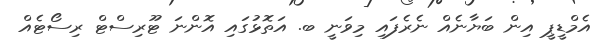
އެމްޑީޕީ އިން ބަޔާނެއް ނެރެފައި މިވަނީ ބ. އަތޮޅުގައި އޮންނަ ޓޫރިސްޓް ރިސޯޓެއް